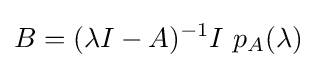
B=(\lambda I-A)^{-1}I~p_{A}(\lambda )~